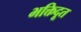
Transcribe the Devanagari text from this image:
भक्तिदूत